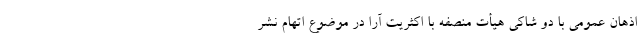
اذهان عمومی با دو شاکی هیأت منصفه با اکثریت آرا در موضوع اتهام نشر